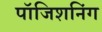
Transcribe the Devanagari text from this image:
पॉजिशनिंग